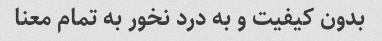
بدون کیفیت و به درد نخور به تمام معنا